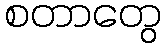
စတာတွေ